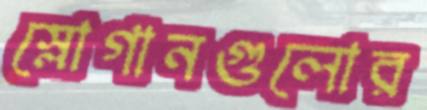
স্লোগানগুলোর